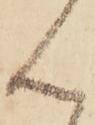
ん